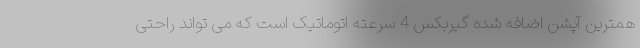
همترین آپشن اضافه شده گیربکس 4 سرعته اتوماتیک است که می تواند راحتی